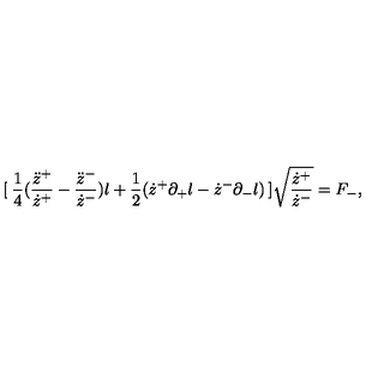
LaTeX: [ \: \frac { 1 } { 4 } ( \frac { \ddot { z } ^ { + } } { \dot { z } ^ { + } } - \frac { \ddot { z } ^ { - } } { \dot { z } ^ { - } } ) l + \frac { 1 } { 2 } ( \dot { z } ^ { + } \partial _ { + } l - \dot { z } ^ { - } \partial _ { - } l ) \: ] \sqrt { \frac { \dot { z } ^ { + } } { \dot { z } ^ { - } } } = F _ { - } ,